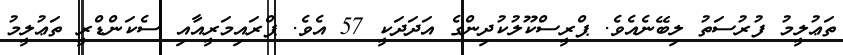
ތަޢުލީމު ފުރުސަތު ލިބޭނެއެވެ. ޕްރީސްކޫލުކުދިންގެ އަދަދަކީ 57 އެވެ. ޕްރައިމަރީއާއި ސެކަންޑްރީ ތަޢުލީމު